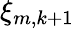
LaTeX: {\xi}_{m,k+1}